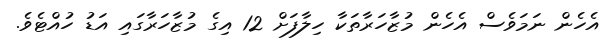
އެހެން ނަމަވެސް އެހެން މުޒާހަރާތަކާ ހިލާފަށް 12 އިގެ މުޒާހަރާގައި އަޑު ހުއްޓެވެ.